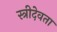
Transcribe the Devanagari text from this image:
स्त्रीदेवता